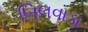
બિલવાડા